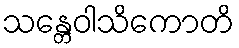
သန္တေဝါသိကောတိ